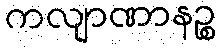
ကလျာဏာနဉ္စ